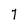
Character: 7